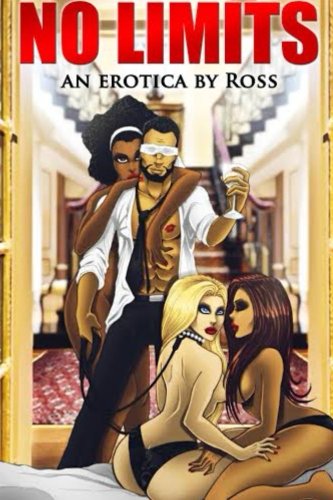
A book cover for No Limits: Viewers Discretion Advised. (Volume 1); Ross; Romance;